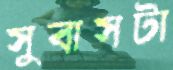
সুবাসটা